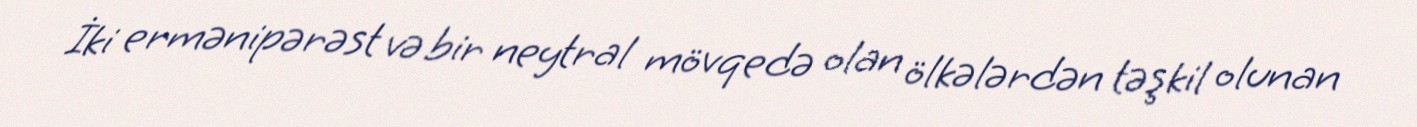
İki ermənipərəst və bir neytral mövqedə olan ölkələrdən təşkil olunan